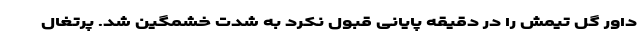
داور گل تیمش را در دقیقه پایانی قبول نکرد به شدت خشمگین شد. پرتغال